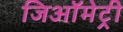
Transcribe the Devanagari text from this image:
जिऑमेट्री